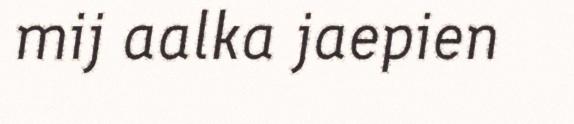
mij aalka jaepien